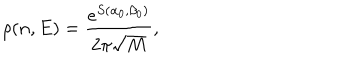
LaTeX: \rho ( n , E ) = \frac { e ^ { S ( \alpha _ { 0 } , \beta _ { 0 } ) } } { 2 \pi \sqrt { M } } ,